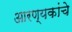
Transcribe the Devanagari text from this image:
आरण्यकांचे